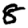
Digit: 8